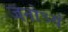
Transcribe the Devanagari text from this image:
जनोऽयं